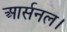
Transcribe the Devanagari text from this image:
आर्सनल।